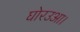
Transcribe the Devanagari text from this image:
घोरउआ।